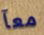
معآ